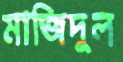
মাজিদুল